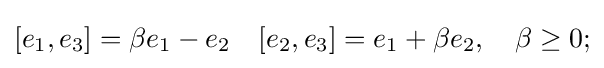
[e_{1},e_{3}]=\beta e_{1}-e_{2}\quad [e_{2},e_{3}]=e_{1}+\beta e_{2},\quad \beta \geq 0;